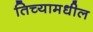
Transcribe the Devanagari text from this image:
तिच्यामधील